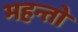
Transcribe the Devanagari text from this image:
महन्तो